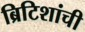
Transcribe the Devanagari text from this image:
ब्रिटिशांची